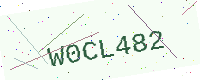
Text: W0CL482